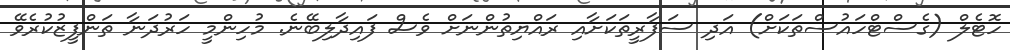
ހޮޓެލް (ގެސްޓްހައުސްތަކަށް) އަދި ސަފާރީތަކަށާއި ރައްޔިތުންނަށް ވެސް ފައިދާލިބޭނެ. މުހިންމީ ހަރުދަނާ ތަންފީޒުކުރެވޭ